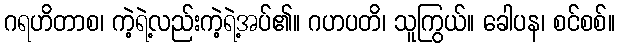
ဂရဟိတာစ၊ ကဲ့ရဲ့လည်းကဲ့ရဲ့အပ်၏။ ဂဟပတိ၊ သူကြွယ်။ ခေါပန၊ စင်စစ်။